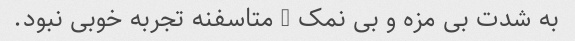
به شدت بی مزه و بی نمک … متاسفنه تجربه خوبی نبود.